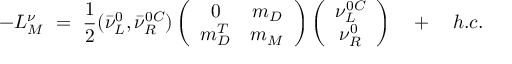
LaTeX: - { \cal L } _ { M } ^ { \nu } \ = \ \frac { 1 } { 2 } ( \bar { \nu } _ { L } ^ { 0 } , \bar { \nu } _ { R } ^ { 0 C } ) \left( \begin{array} { c c } { { 0 } } & { { m _ { D } } } \\ { { m _ { D } ^ { T } } } & { { m _ { M } } } \end{array} \right) \left( \begin{array} { c } { { \nu _ { L } ^ { 0 C } } } \\ { { \nu _ { R } ^ { 0 } } } \end{array} \right) \quad + \quad h . c .